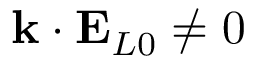
\mathbf { k } \cdot \mathbf { E } _ { L 0 } \neq 0